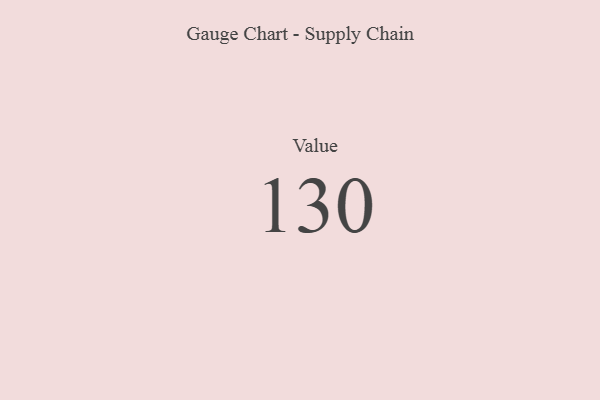
{"axis": {"x": "Metric", "y": "Value"}, "legend": [""], "data": [{"x": "Value", "y": 130, "type": ""}]}